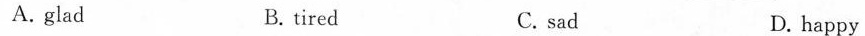
A.glad B. tired C. sad D. happy